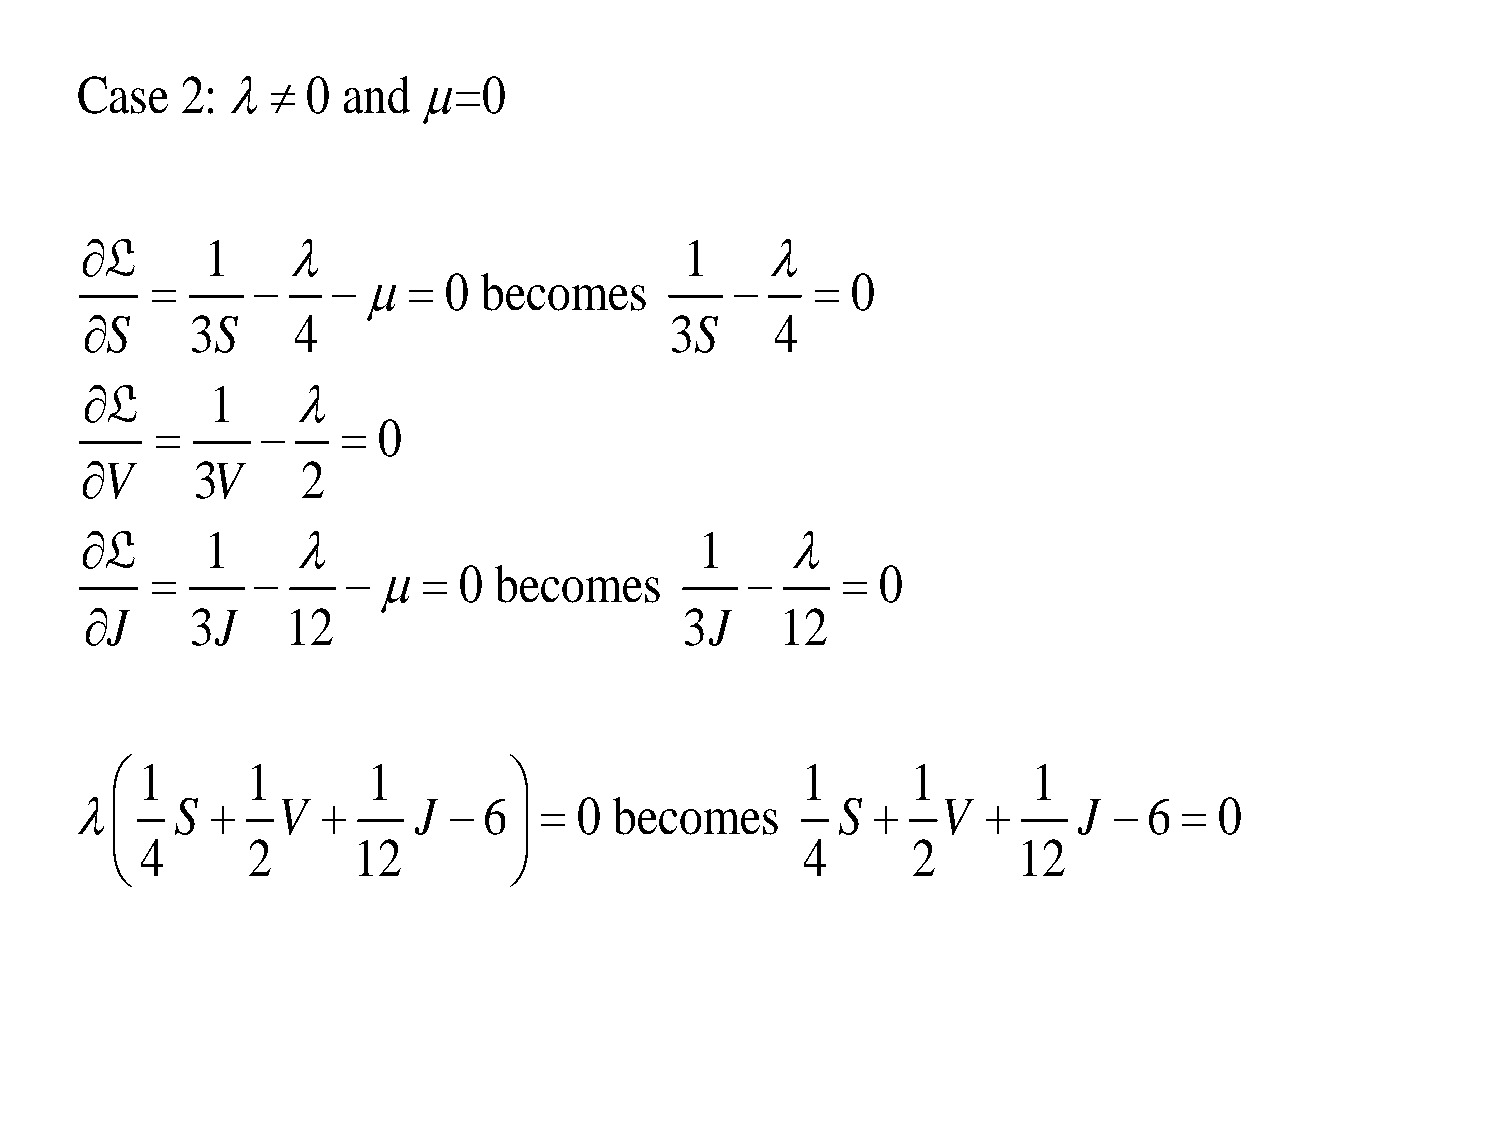
Case   2:    0  and  =0
 L       1                             1     
               0  becomes               0
 S     3S    4                        3S     4
 L       1    
             0
 V      3V     2
 L       1                              1     
                0  becomes                0
 J     3J    12                        3J     12
  1      1       1                           1      1       1
       S    V       J   6    0  becomes       S     V       J   6   0
                           
  4      2       12                          4      2      12